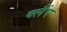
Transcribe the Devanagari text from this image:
क्‍लैंप